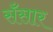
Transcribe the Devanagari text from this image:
सँसार